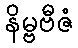
နိမ္ဗဗီဇံ